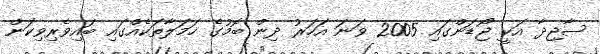
ސާޖިދާ އަކީ ޖޯޑަންގައި 2005 ވަނަ އަހަރު ދިން ބޮމުގެ ހަމަލާތަކެއްގައި ބައިވެރިވިކަން